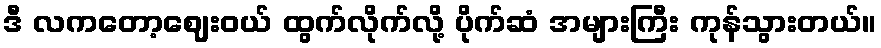
ဒီ လကတော့ဈေးဝယ် ထွက်လိုက်လို့ ပိုက်ဆံ အများကြီး ကုန်သွားတယ်။